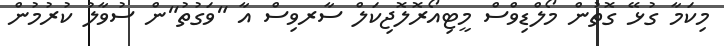
މިކަމާ ގުޅޭ ގޮތުން މޯލްޑިވްސް މީޓިއޯރޮލޮޖިކަލް ސާރވިސް އާ "ވަގުތު"ން ސުވާލު ކުރުމުން